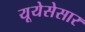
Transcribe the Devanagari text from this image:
यूयेसेसार